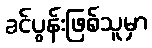
ခင်ပွန်းဖြစ်သူမှာ